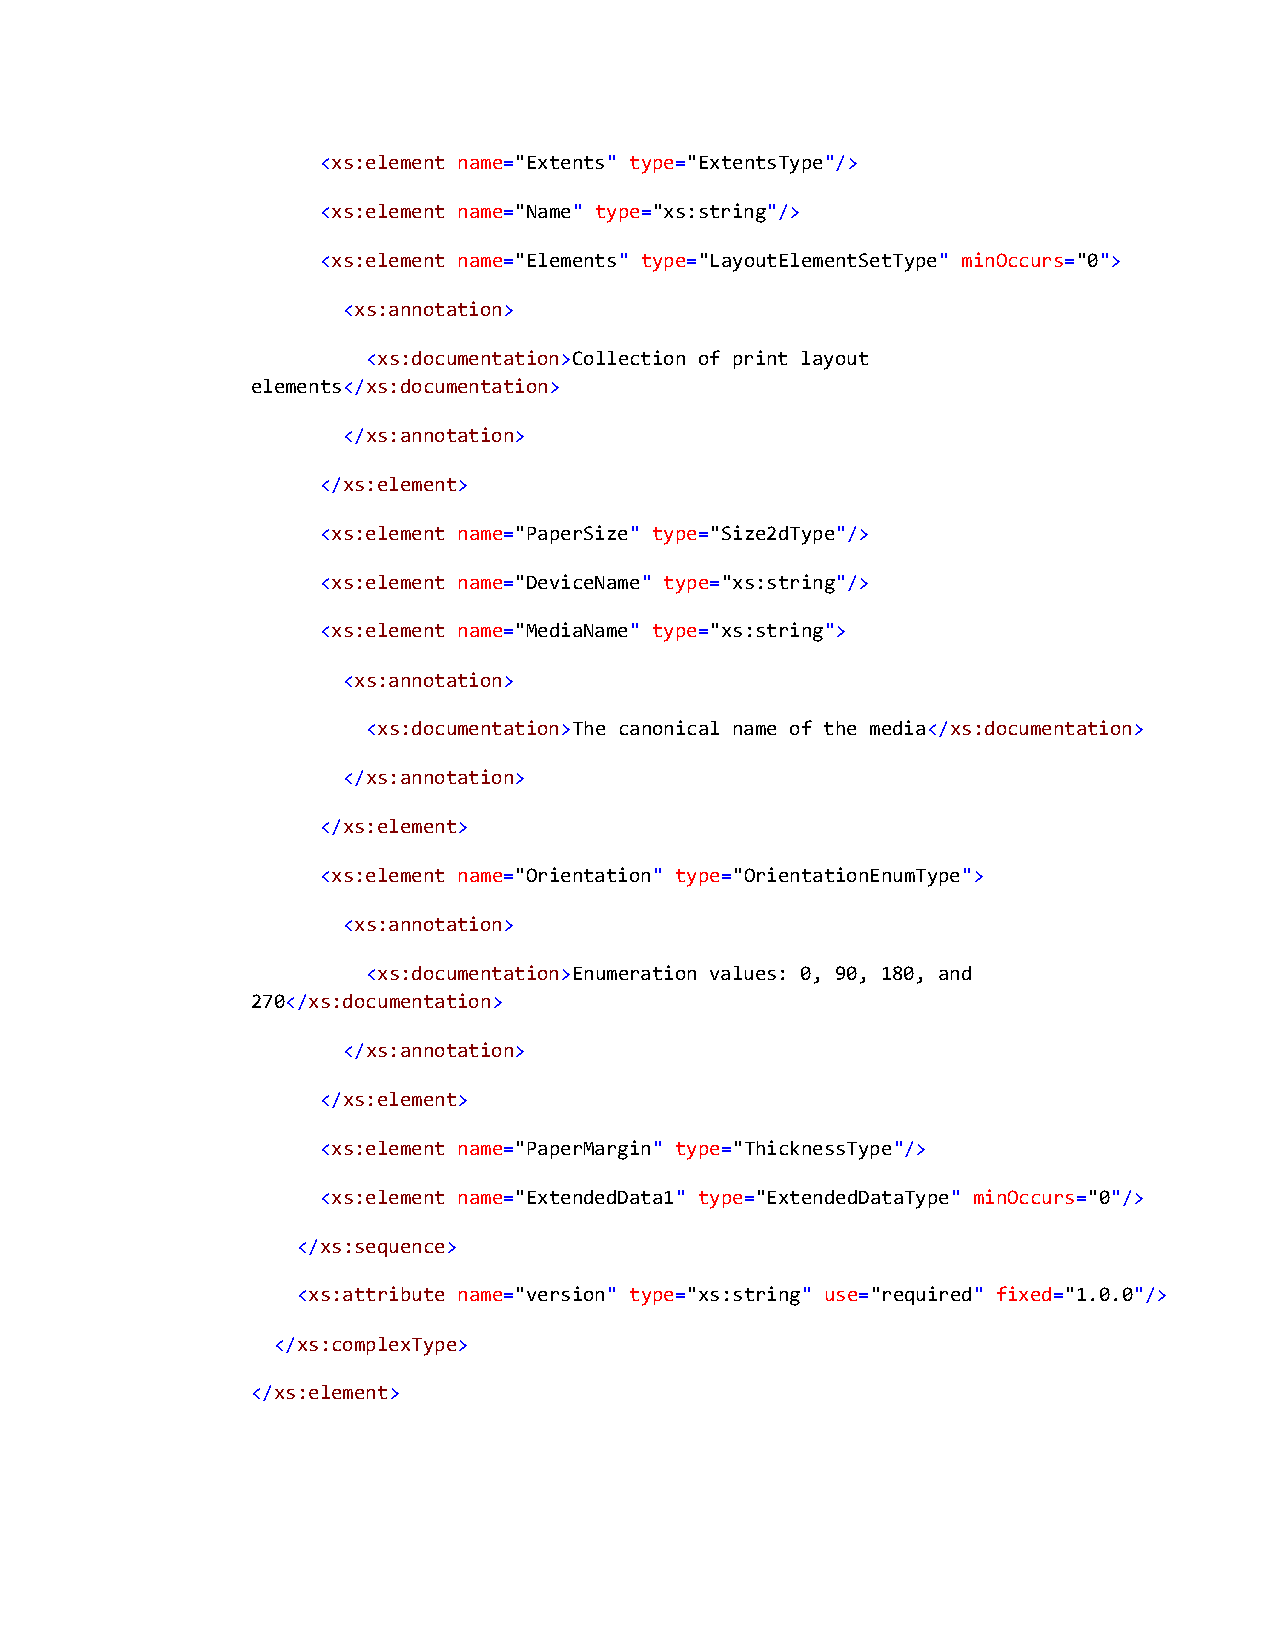
<xs:element name="Extents" type="ExtentsType"/>
 <xs:element name="Name" type="xs:string"/>
 <xs:element name="Elements" type="LayoutElementSetType" minOccurs="0">
 <xs:annotation>
 <xs:documentation>Collection of print layout
 elements</xs:documentation>
 </xs:annotation>
 </xs:element>
 <xs:element name="PaperSize" type="Size2dType"/>
 <xs:element name="DeviceName" type="xs:string"/>
 <xs:element name="MediaName" type="xs:string">
 <xs:annotation>
 <xs:documentation>The canonical name of the media</xs:documentation>
 </xs:annotation>
 </xs:element>
 <xs:element name="Orientation" type="OrientationEnumType">
 <xs:annotation>
 <xs:documentation>Enumeration values: 0, 90, 180, and
 270</xs:documentation>
 </xs:annotation>
 </xs:element>
 <xs:element name="PaperMargin" type="ThicknessType"/>
 <xs:element name="ExtendedData1" type="ExtendedDataType" minOccurs="0"/>
 </xs:sequence>
 <xs:attribute name="version" type="xs:string" use="required" fixed="1.0.0"/>
 </xs:complexType>
 </xs:element>